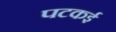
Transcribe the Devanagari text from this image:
पटकई